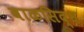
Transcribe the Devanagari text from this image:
बाळसिद्ध